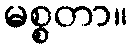
မစ္စတာ။